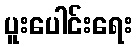
ပူးပေါင်းရေး